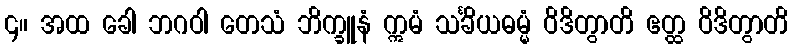
၄။ အထ ခေါ ဘဂဝါ တေသံ ဘိက္ခူနံ ဣမံ သင်္ခိယဓမ္မံ ဝိဒိတွာတိ ဧတ္ထ ဝိဒိတွာတိ